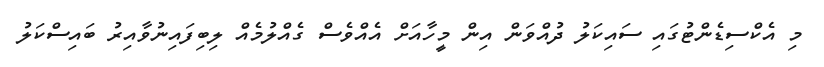
މި އެކްސިޑެންޓުގައި ސައިކަލު ދުއްވަން އިން މީހާއަށް އެއްވެސް ގެއްލުމެއް ލިބިފައިނުވާއިރު ބައިސްކަލު